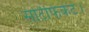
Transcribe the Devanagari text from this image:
सर्टिफिकेट।